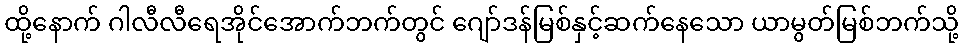
ထို့နောက် ဂါလီလီရေအိုင်အောက်ဘက်တွင် ဂျော်ဒန်မြစ်နှင့်ဆက်နေသော ယာမွတ်မြစ်ဘက်သို့